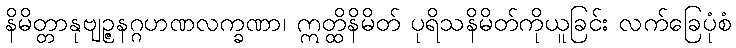
နိမိတ္တာနုဗျဉ္ဇနဂ္ဂဟဏလက္ခဏာ၊ ဣတ္ထိနိမိတ် ပုရိသနိမိတ်ကိုယူခြင်း လက်ခြေပုံစံ